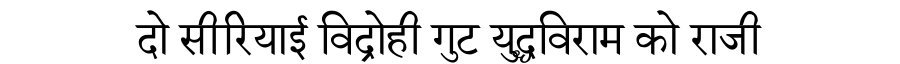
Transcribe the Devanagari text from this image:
दो सीरियाई विद्रोही गुट युद्धविराम को राजी